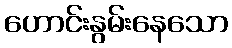
ဟောင်းနွမ်းနေသော